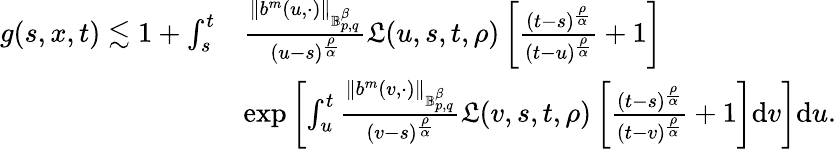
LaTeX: \begin{array}{rl}{g(s,x,t)\lesssim 1+\int_{s}^{t}}&{\frac{\Vert b^{m}(u,\cdot)\Vert_{\mathbb{B}_{p,q}^{\beta}}}{(u-s)^{\frac{\rho}{\alpha}}}\mathfrak{L}(u,s,t,\rho)\left[\frac{(t-s)^{\frac{\rho}{\alpha}}}{(t-u)^{\frac{\rho}{\alpha}}}+1\right]}\\ &{\exp\left[\int_{u}^{t}\frac{\Vert b^{m}(v,\cdot)\Vert_{\mathbb{B}_{p,q}^{\beta}}}{(v-s)^{\frac{\rho}{\alpha}}}\mathfrak{L}(v,s,t,\rho)\left[\frac{(t-s)^{\frac{\rho}{\alpha}}}{(t-v)^{\frac{\rho}{\alpha}}}+1\right]\mathrm{d}v\right]\mathrm{d}u.}\end{array}